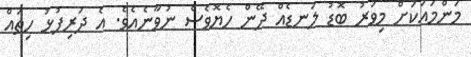
މަންމައަކަަށް މިވަރު ބޮޑު ލަނޑެއް ދޭން ހެޔޮވެސް ނުވާނެއެވެ. އެ ދަރިފުޅު ހިތައް